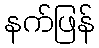
နက်ဖြန်